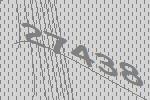
27438